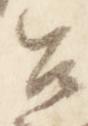
召